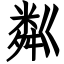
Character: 粼